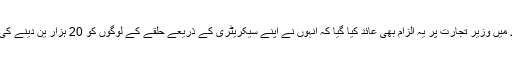
اس کے علاوہ جریدے میں وزیر تجارت پر یہ الزام بھی عائد کیا گیا کہ انہوں نے اپنے سیکریٹری کے ذریعے حلقے کے لوگوں کو 20 ہزار ین دینے کی پیشکش بھی کی تھی۔